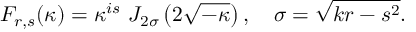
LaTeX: F _ { r , s } ( \kappa ) = \kappa ^ { i s } \, \, J _ { 2 \sigma } \left( 2 \sqrt { - \kappa } \right) , \quad \sigma = \sqrt { k r - s ^ { 2 } } .